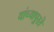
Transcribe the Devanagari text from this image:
यांच्यापुरते